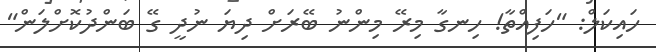
ހައިކަލް: "ހަފިއްތާ! ހިނގާ މިރޭ މިންނު ބޭރަށް ދިޔަ ނުދީ ގޭ ބަންދުކޮށްލަން"